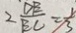
2 \frac { D B } { B C } = \frac { 1 } { 3 }